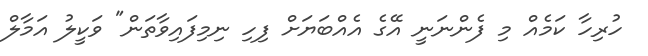
ހުރިހާ ކަމެއް މި ފެންނަނީ އޭގެ އެއްބަޔަށް ފިހި ނިމިފައިވާތަން" ވަކީލު އަމާލް